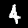
Label: 4